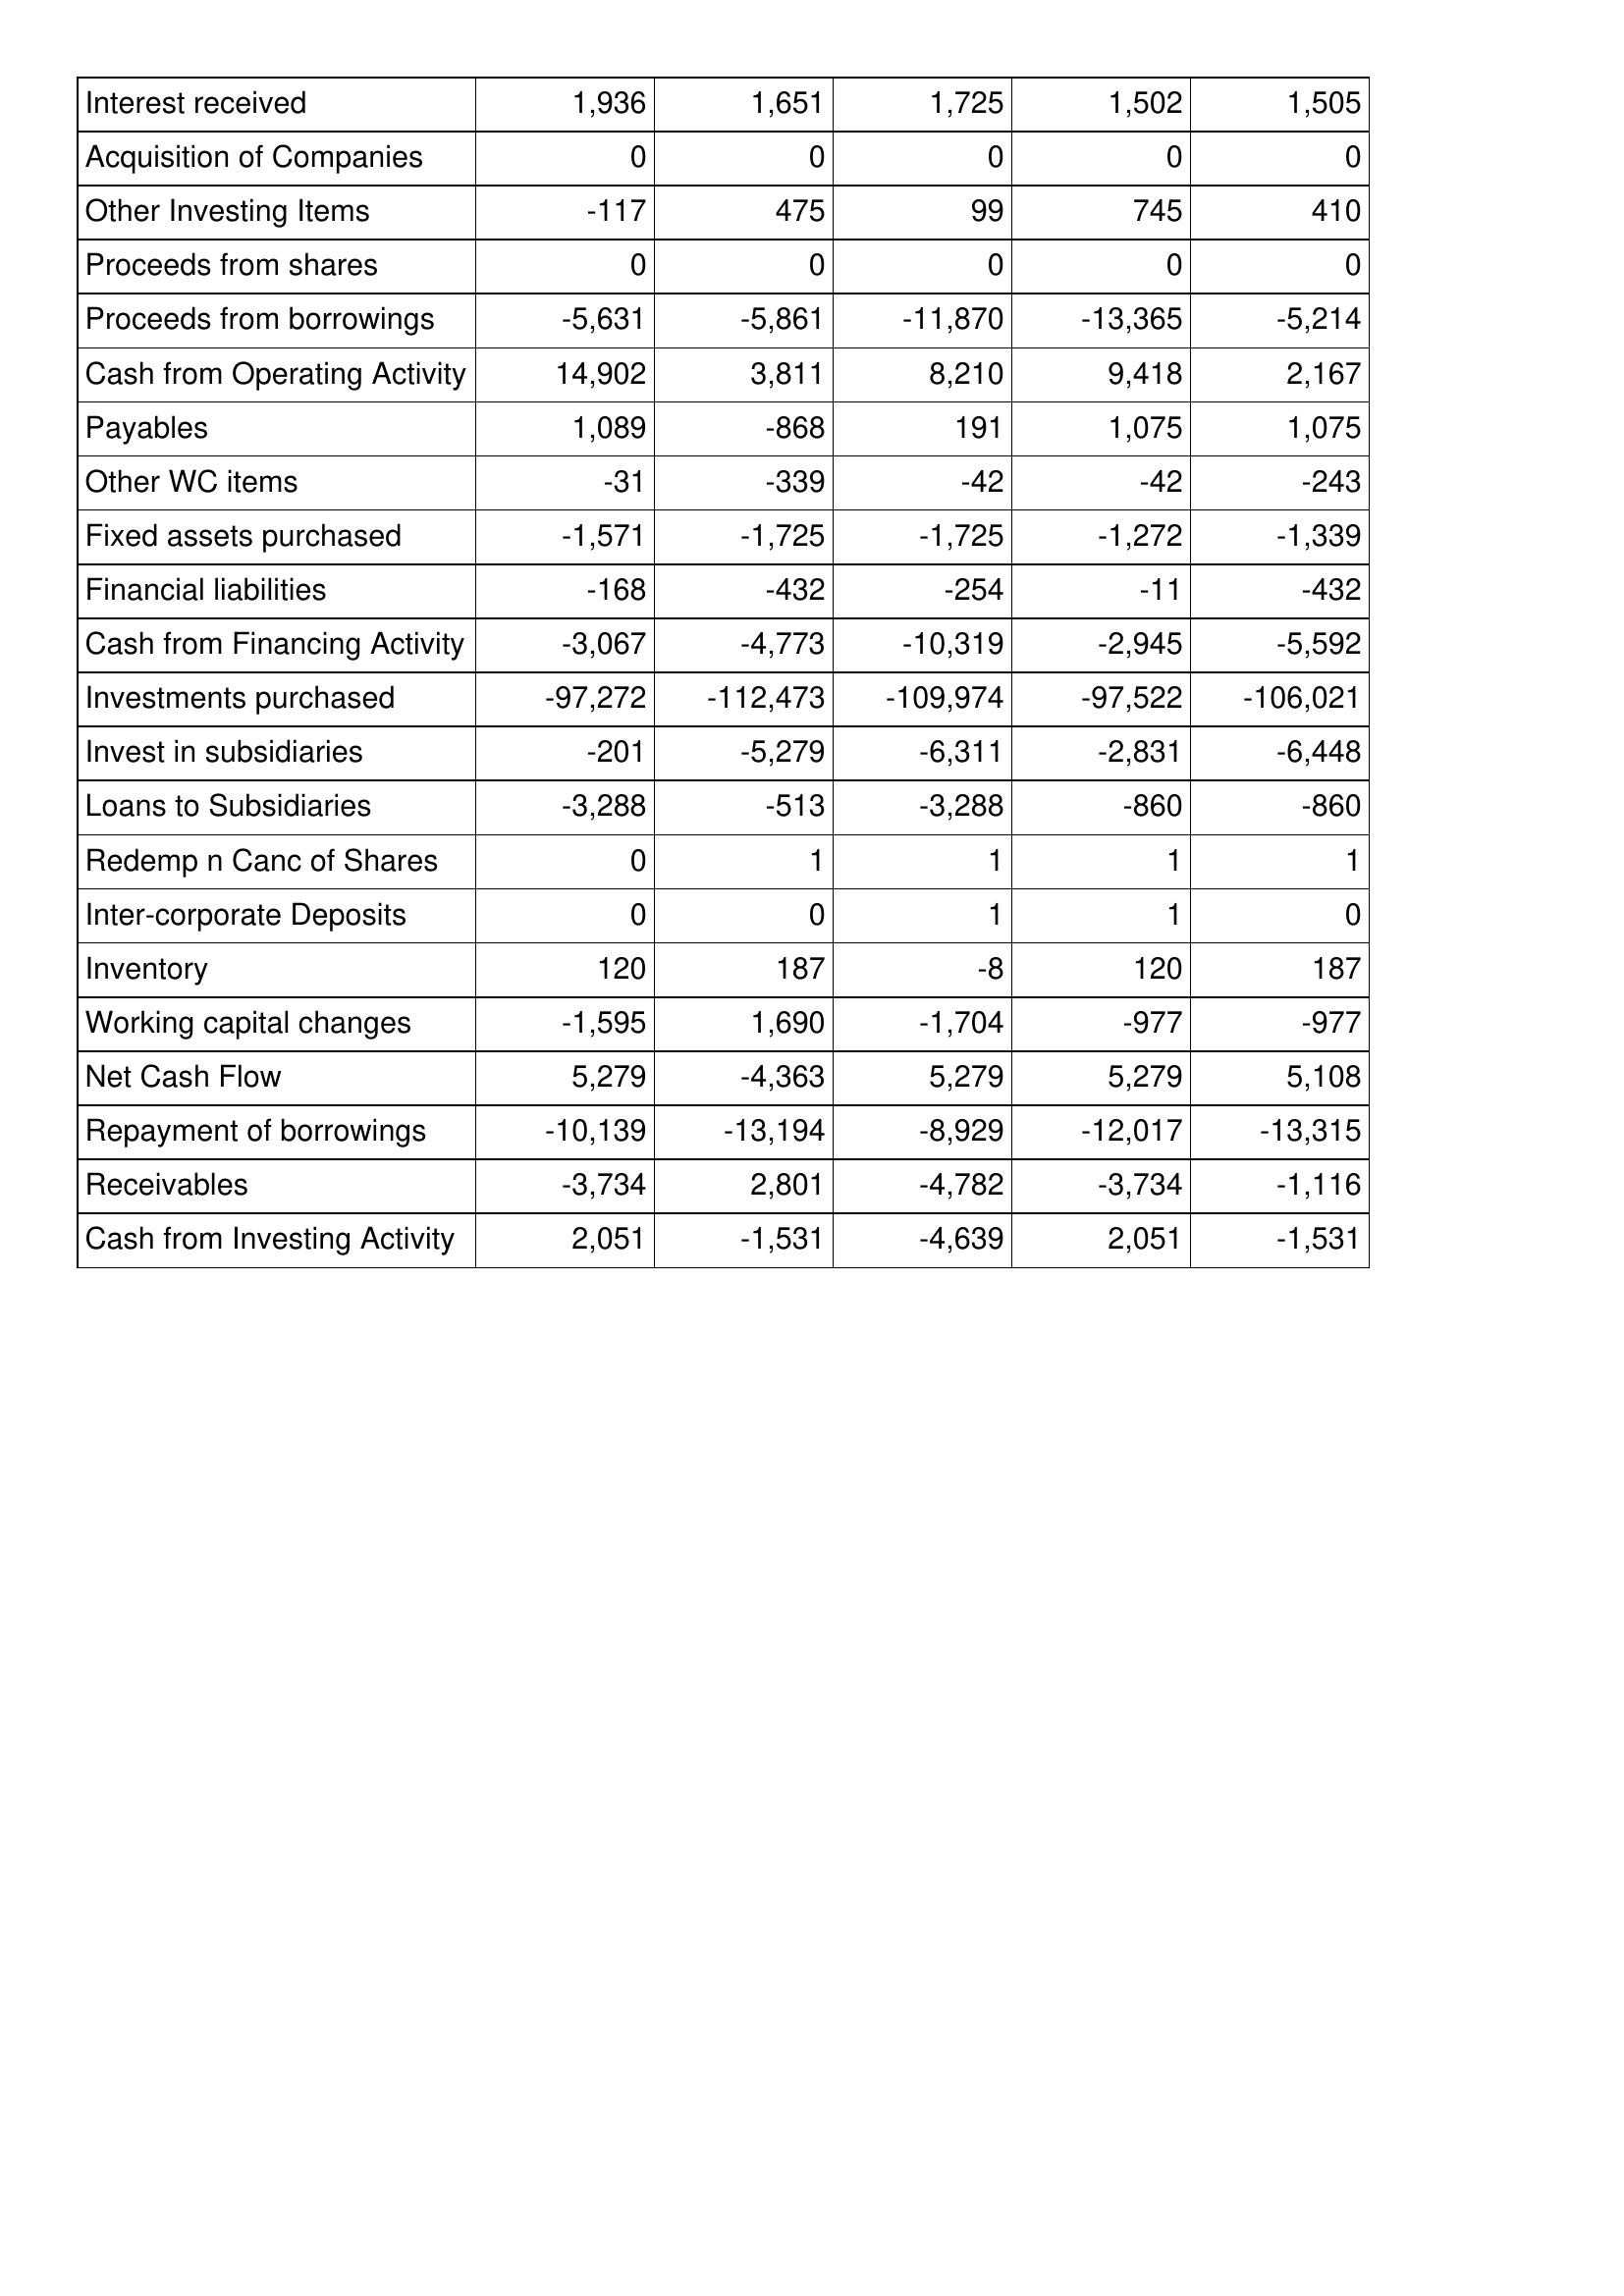
Apr-06: Cash Flows: Interest received: 1,936
Acquisition of Companies: 0
Other Investing Items: -117
Proceeds from shares: 0
Proceeds from borrowings: -5,631
Cash from Operating Activity: 14,902
Payables: 1,089
Other WC items: -31
Fixed assets purchased: -1,571
Financial liabilities: -168
Cash from Financing Activity: -3,067
Investments purchased: -97,272
Invest in subsidiaries: -201
Loans to Subsidiaries: -3,288
Redemp n Canc of Shares: 0
Inter-corporate Deposits: 0
Inventory: 120
Working capital changes: -1,595
Net Cash Flow: 5,279
Repayment of borrowings: -10,139
Receivables: -3,734
Cash from Investing Activity: 2,051
Apr-07: Cash Flows: Interest received: 1,651
Acquisition of Companies: 0
Other Investing Items: 475
Proceeds from shares: 0
Proceeds from borrowings: -5,861
Cash from Operating Activity: 3,811
Payables: -868
Other WC items: -339
Fixed assets purchased: -1,725
Financial liabilities: -432
Cash from Financing Activity: -4,773
Investments purchased: -112,473
Invest in subsidiaries: -5,279
Loans to Subsidiaries: -513
Redemp n Canc of Shares: 1
Inter-corporate Deposits: 0
Inventory: 187
Working capital changes: 1,690
Net Cash Flow: -4,363
Repayment of borrowings: -13,194
Receivables: 2,801
Cash from Investing Activity: -1,531
Apr-08: Cash Flows: Interest received: 1,725
Acquisition of Companies: 0
Other Investing Items: 99
Proceeds from shares: 0
Proceeds from borrowings: -11,870
Cash from Operating Activity: 8,210
Payables: 191
Other WC items: -42
Fixed assets purchased: -1,725
Financial liabilities: -254
Cash from Financing Activity: -10,319
Investments purchased: -109,974
Invest in subsidiaries: -6,311
Loans to Subsidiaries: -3,288
Redemp n Canc of Shares: 1
Inter-corporate Deposits: 1
Inventory: -8
Working capital changes: -1,704
Net Cash Flow: 5,279
Repayment of borrowings: -8,929
Receivables: -4,782
Cash from Investing Activity: -4,639
Apr-09: Cash Flows: Interest received: 1,502
Acquisition of Companies: 0
Other Investing Items: 745
Proceeds from shares: 0
Proceeds from borrowings: -13,365
Cash from Operating Activity: 9,418
Payables: 1,075
Other WC items: -42
Fixed assets purchased: -1,272
Financial liabilities: -11
Cash from Financing Activity: -2,945
Investments purchased: -97,522
Invest in subsidiaries: -2,831
Loans to Subsidiaries: -860
Redemp n Canc of Shares: 1
Inter-corporate Deposits: 1
Inventory: 120
Working capital changes: -977
Net Cash Flow: 5,279
Repayment of borrowings: -12,017
Receivables: -3,734
Cash from Investing Activity: 2,051
Apr-10: Cash Flows: Interest received: 1,505
Acquisition of Companies: 0
Other Investing Items: 410
Proceeds from shares: 0
Proceeds from borrowings: -5,214
Cash from Operating Activity: 2,167
Payables: 1,075
Other WC items: -243
Fixed assets purchased: -1,339
Financial liabilities: -432
Cash from Financing Activity: -5,592
Investments purchased: -106,021
Invest in subsidiaries: -6,448
Loans to Subsidiaries: -860
Redemp n Canc of Shares: 1
Inter-corporate Deposits: 0
Inventory: 187
Working capital changes: -977
Net Cash Flow: 5,108
Repayment of borrowings: -13,315
Receivables: -1,116
Cash from Investing Activity: -1,531